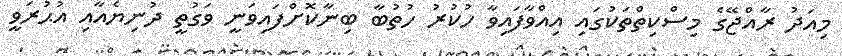
މިއަދު ރާއްޖޭގެ މިސްކިތްތަކުގައި އިއްވާފައިވާ ހުކުރު ހުތުބާ ބިނާކޮށްފައިވަނީ ވަގުތީ ދުނިޔެއާއި އުޙުރަވީ